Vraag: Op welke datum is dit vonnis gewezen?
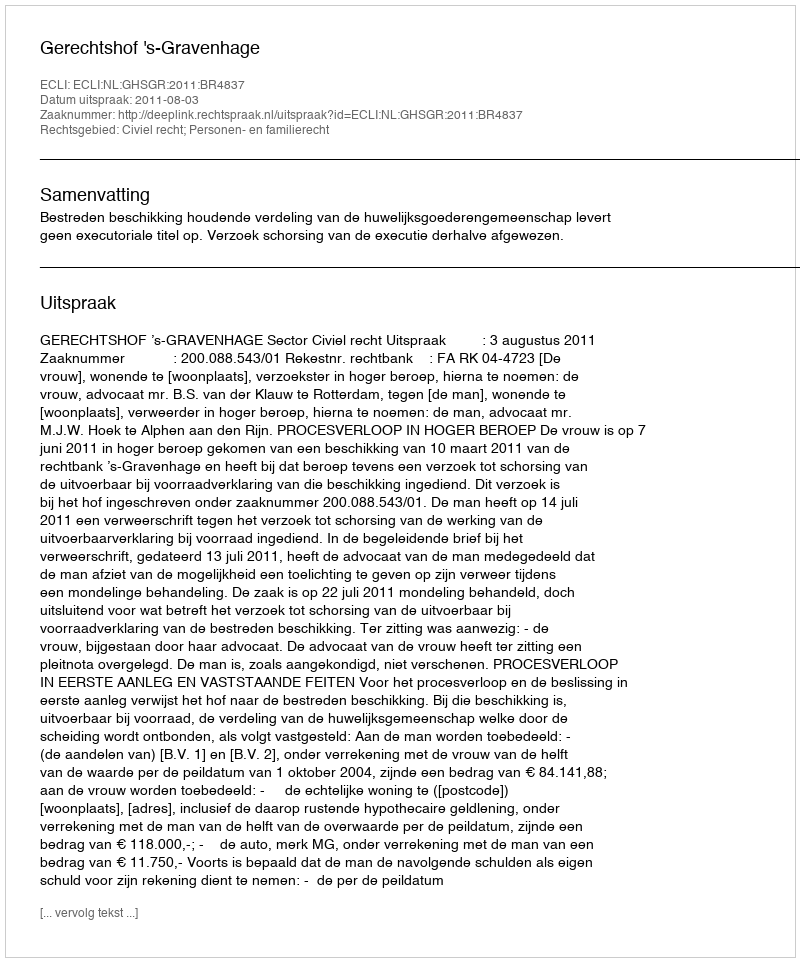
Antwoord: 2011-08-03